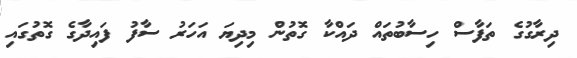
ދިރާގުގެ ތަފާސް ހިސާބުތައް ދައްކާ ގޮތުން މިދިޔަ އަހަރު ސާފު ފައިދާގެ ގޮތުގައި